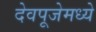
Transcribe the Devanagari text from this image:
देवपूजेमध्ये